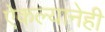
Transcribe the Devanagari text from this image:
ऐकल्यानेही